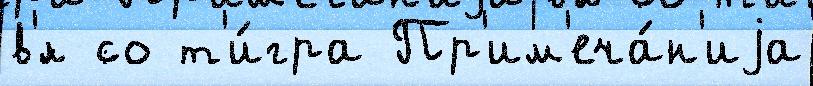
в'́л со т'и́гра Пр'им'еча́н'иjа